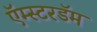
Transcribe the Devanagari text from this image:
ऍम्स्टरडॅम